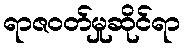
ရာဇဝတ်မှုဆိုင်ရာ